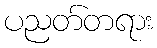
ပညတ်တရား